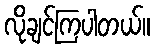
လိုချင်ကြပါတယ်။